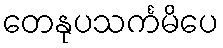
တေနုပသင်္ကမိပေ